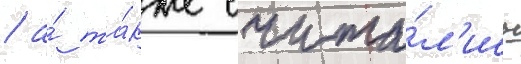
/ а́ та́кже счита́л'ись